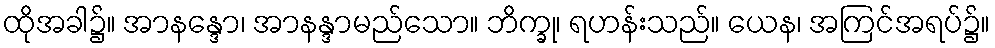
ထိုအခါ၌။ အာနန္ဒော၊ အာနန္ဒာမည်သော။ ဘိက္ခု၊ ရဟန်းသည်။ ယေန၊ အကြင်အရပ်၌။